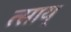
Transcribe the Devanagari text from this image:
त्साय्